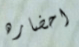
احضاره